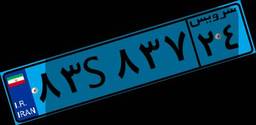
۸۴S۸۷۳۵۶